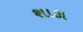
શાકા